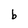
Character: b